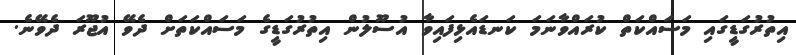
އިތުރުގަޑީގައި މަސައްކަތް ކުރައްވާނަމަ ކަނޑައެޅިފައިވާ އުސޫލުން އިތުރުގަޑީގެ މަސައްކަތަށް ދެވޭ އުޖޫރަ ދެވޭނެ.